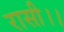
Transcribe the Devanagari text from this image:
रासी।।